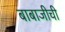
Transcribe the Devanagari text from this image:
बाबाजीची